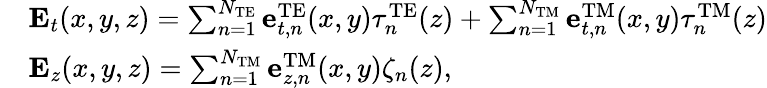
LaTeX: \begin{array}{rl}&{{\mathbf{E}}_{t}(x,y,z)=\sum_{n=1}^{N_{\mathrm{TE}}}{\mathbf{e}}_{t,n}^{\mathrm{TE}}(x,y)\tau_{n}^{\mathrm{TE}}(z)+\sum_{n=1}^{N_{\mathrm{TM}}}{\mathbf{e}}_{t,n}^{\mathrm{TM}}(x,y)\tau_{n}^{\mathrm{TM}}(z)}\\ &{{\mathbf E}_{z}(x,y,z)=\sum_{n=1}^{N_{\mathrm{TM}}}{\mathbf e}_{z,n}^{\mathrm{{TM}}}(x,y)\zeta_{n}(z),}\end{array}